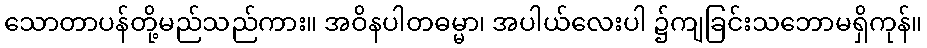
သောတာပန်တို့မည်သည်ကား။ အဝိနပါတဓမ္မာ၊ အပါယ်လေးပါ ၌ကျခြင်းသဘောမရှိကုန်။